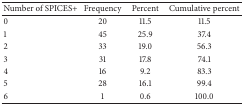
<table><thead><tr><td><b>Number of SPICES+</b></td><td><b>Frequency</b></td><td><b>Percent</b></td><td><b>Cumulative percent</b></td></tr></thead><tbody><tr><td>0</td><td>20</td><td>11.5</td><td>11.5</td></tr><tr><td>1</td><td>45</td><td>25.9</td><td>37.4</td></tr><tr><td>2</td><td>33</td><td>19.0</td><td>56.3</td></tr><tr><td>3</td><td>31</td><td>17.8</td><td>74.1</td></tr><tr><td>4</td><td>16</td><td>9.2</td><td>83.3</td></tr><tr><td>5</td><td>28</td><td>16.1</td><td>99.4</td></tr><tr><td>6</td><td>1</td><td>0.6</td><td>100.0</td></tr></tbody></table>